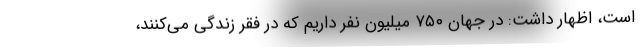
است، اظهار داشت: در جهان ۷۵۰ میلیون نفر داریم که در فقر زندگی می‌کنند،